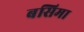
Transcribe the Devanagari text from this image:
बसिमा